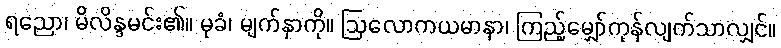
ရညော၊ မိလိန္ဒမင်း၏။ မုခံ၊ မျက်နှာကို။ ဩလောကယမာနာ၊ ကြည့်မျှော်ကုန်လျက်သာလျှင်။